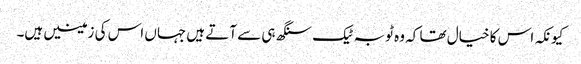
کیونکہ اس کا خیال تھا کہ وہ ٹوبہ ٹیک سنگھ ہی سے آتے ہیں جہاں اس کی زمینیں ہیں۔